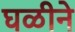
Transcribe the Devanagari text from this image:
घळीने